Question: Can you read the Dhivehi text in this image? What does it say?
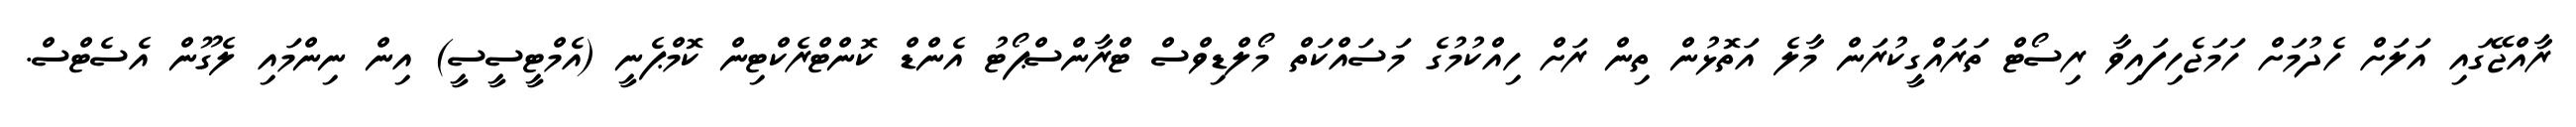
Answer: ރާއްޖޭގައި އަލަށް ހެދުމަށް ހަމަޖެހިފައިވާ ރިސޯޓް ތަރައްގީކުރަން މާލެ އަތޮޅުން ތިން ރަށް ހިއްކުމުގެ މަސައްކަތް މޯލްޑިވްސް ޓްރާންސްޕޯޓު އެންޑް ކޮންޓްރެކްޓިން ކޮމްޕެނީ (އެމްޓީސީސީ) އިން ނިންމައި ލެގޫން އެސެޓްސް.